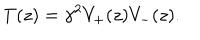
T ( z ) = \gamma ^ { 2 } V _ { + } ( z ) V _ { - } ( z ) .